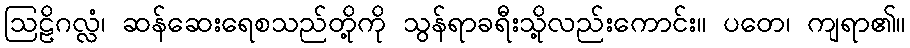
ဩဠိဂလ္လံ၊ ဆန်ဆေးရေစသည်တို့ကို သွန်ရာခရီးသို့လည်းကောင်း။ ပတေ၊ ကျရာ၏။